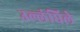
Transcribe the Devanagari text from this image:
उल्लंघिले